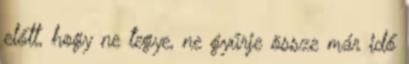
előtt, hogy ne tegye, ne gyűrje össze már idő